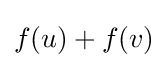
f(u)+f(v)